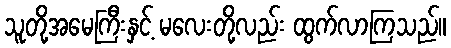
သူတို့အမေကြီးနှင့် မလေးတို့လည်း ထွက်လာကြသည်။